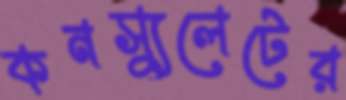
কনস্যুলেটের